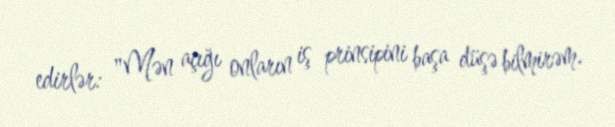
edirlər: "Mən açığı onların iş prinsipini başa düşə bilmirəm.